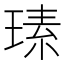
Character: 𤧉